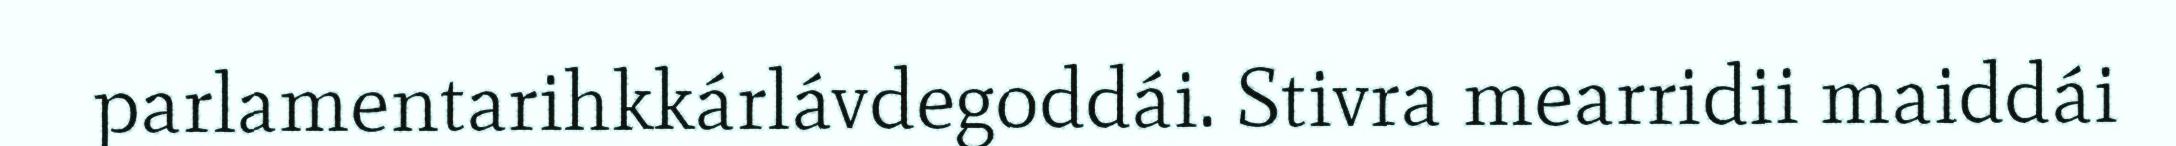
parlamentarihkkárlávdegoddái. Stivra mearridii maiddái